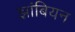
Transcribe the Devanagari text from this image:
झांबियन